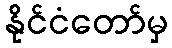
နိုင်ငံတော်မှ